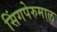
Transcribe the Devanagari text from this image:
सिंगपेरुमाल